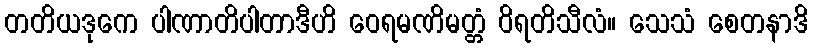
တတိယဒုကေ ပါဏာတိပါတာဒီဟိ ဝေရမဏိမတ္တံ ဝိရတိသီလံ။ သေသံ စေတနာဒိ